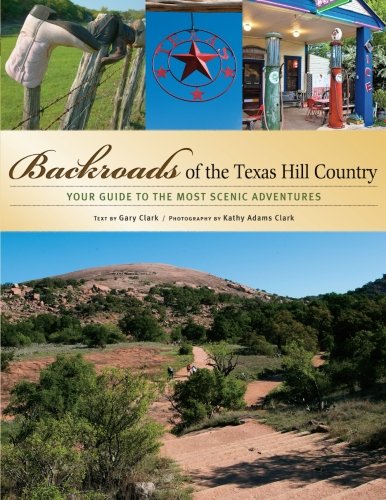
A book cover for Backroads of the Texas Hill Country: Your Guide to the Most Scenic Adventures; Gary Clark; Travel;